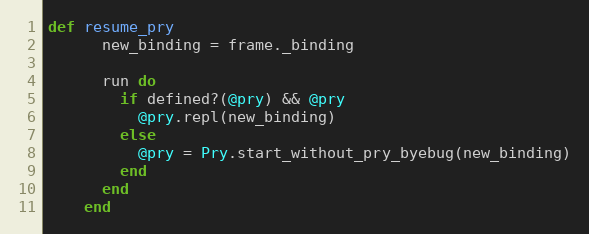
Language: Ruby
def resume_pry
      new_binding = frame._binding

      run do
        if defined?(@pry) && @pry
          @pry.repl(new_binding)
        else
          @pry = Pry.start_without_pry_byebug(new_binding)
        end
      end
    end